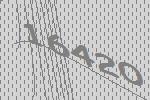
16420